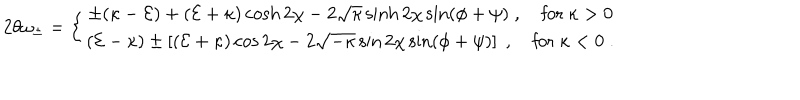
{ 2 \theta \omega _ { \pm } } = \left\{ \begin{array} { c } { { \pm ( \kappa - { \cal E } ) + ( { \cal E } + \kappa ) \cosh 2 \chi - 2 \sqrt { \kappa } \sinh 2 \chi \sin ( \phi + \psi ) \; , \quad \mathrm { f o r ~ } \kappa > 0 } } \\ { { ( { \cal E } - \kappa ) \pm \left[ ( { \cal E } + \kappa ) \cos 2 \chi - 2 \sqrt { - \kappa } \sin 2 \chi \sin ( \phi + \psi ) \right] \; , \quad \mathrm { f o r ~ } \kappa < 0 \; . } } \\ \end{array} \right.